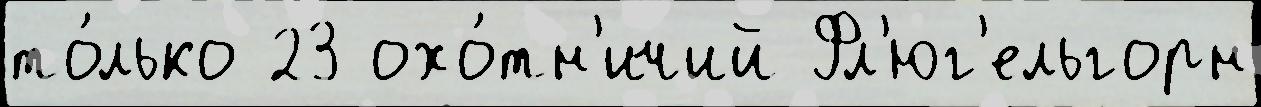
то́лько 23 охо́тн'ичий Фл'юг'ельгорн